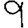
Digit: 9